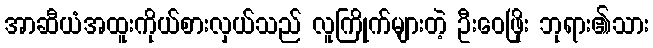
အာဆီယံအထူးကိုယ်စားလှယ်သည် လူကြိုက်များတဲ့ ဦးဝေဖြိုး ဘုရား၏သား